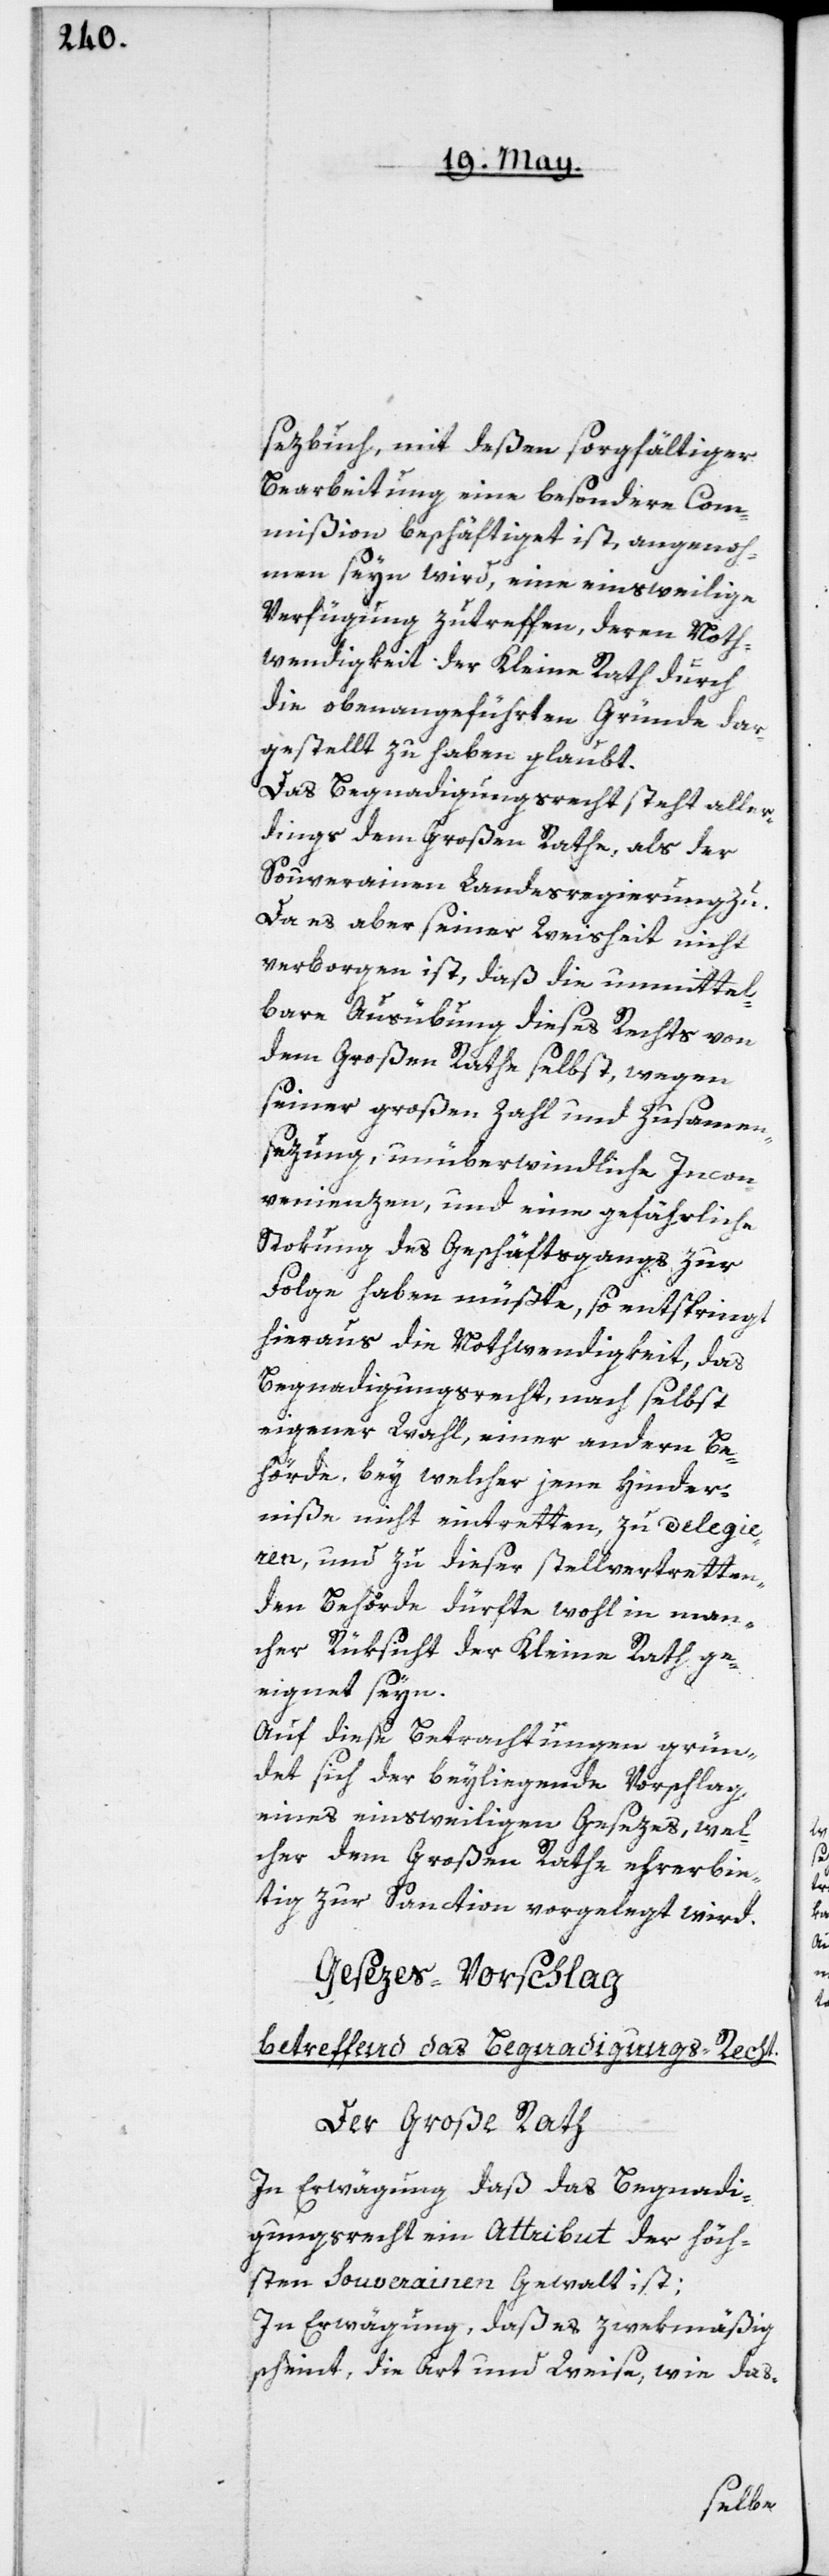
setzbuch, mit deßen sorgfältiger
Bearbeitung eine besondere Com¬
mißion beschäftiget ist, angenom¬
men seyn wird, eine einstweilige
Verfügung zutreffen, deren Noth¬
wendigkeit der Kleine Rath durch
die obenangeführten Gründe dar¬
gestellt zu haben glaubt.
Das Begnadigungsrecht steht aller¬
dings dem Großen Rathe, als der
Souverainen Landesregierung zu.
Da es aber seiner Weisheit nicht
verborgen ist, daß die unmittel¬
bare Ausübung dieses Rechts von
dem Großen Rathe selbst, wegen
seiner großen Zahl und Zusammen¬
sezung unüberwindliche Incon¬
venienzen, und eine gefährliche
Stokung des Geschäftsgangs zur
Folge haben müßte, so entspringt
hieraus die Nothwendigkeit, das
Begnadigungsrecht, nach selbst
eigener Wahl, einer andern Be¬
hörde, bey welcher jene Hinder¬
niße nicht eintretten, zu delegie¬
ren, und zu dieser stellvertretten¬
den Behörde dürfte wohl in man¬
cher Rüksicht der Kleine Rath ge¬
eignet seyn.
Auf diese Betrachtungen grün¬
det sich der beyliegende Vorschlag,
eines einstweiligen Gesezes, wel¬
cher dem Großen Rathe ehrerbie¬
tig zur Sanction vorgelegt wird.
Gesezes-Vorschlag
betreffend das Begnadigungs-Recht.
Der Große Rath
In Erwägung daß das Begnadi¬
gungsrecht ein Attribut der höch¬
sten souverainen Gewalt ist.
In Erwägung, daß es zwekmäßig
scheint, die Art und Weise, wie das-